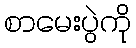
စာမေးပွဲကို